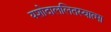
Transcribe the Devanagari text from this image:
यशोदाललितस्वात्मा